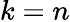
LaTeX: k=n